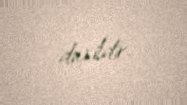
daxildir.